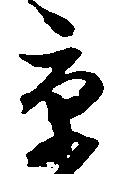
京